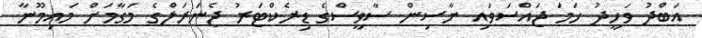
އަބްދު ވަހީދު ހަމަ ޖައްސަވައި ނާސިން ސާވީސްގެ ޑިރެކްޓަރު ޖެނަރަލްގެ މަގާމަށް މައިމޫނާ